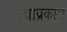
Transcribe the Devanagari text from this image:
दयाप्रकाश